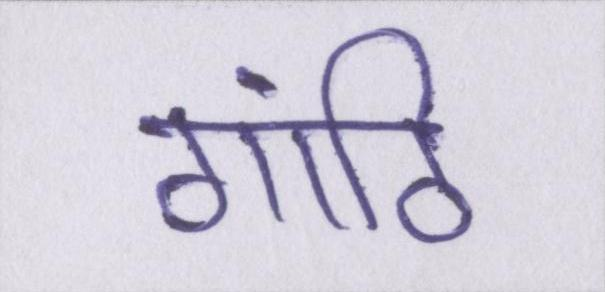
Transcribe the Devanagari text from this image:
गांठि